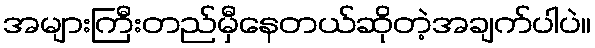
အများကြီးတည်မှီနေတယ်ဆိုတဲ့အချက်ပါပဲ။